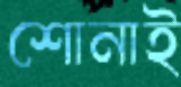
শোনাই